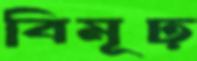
বিমূঢ়